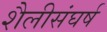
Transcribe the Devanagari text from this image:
शैलीसंघर्ष